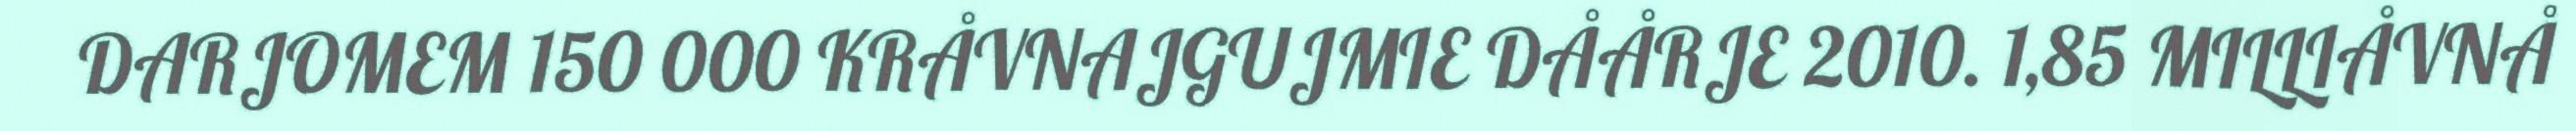
DARJOMEM 150 000 KRÅVNAJGUJMIE DÅÅRJE 2010. 1,85 MILLIÅVNÅ